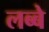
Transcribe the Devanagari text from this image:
लब्बे